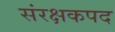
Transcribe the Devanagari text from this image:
संरक्षकपद